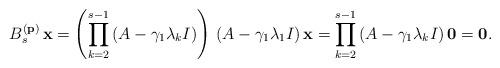
LaTeX: \begin{align*}B_s^{(\bf p)}\,{\bf x}=\left(\prod_{k=2}^{s-1}\left( A - \gamma_1 \lambda_k I\right)\right)\,\left( A - \gamma_1 \lambda_1 I\right){\bf x}=\prod_{k=2}^{s-1}\left( A - \gamma_1 \lambda_k I\right){\bf 0}={\bf 0}.\end{align*}